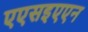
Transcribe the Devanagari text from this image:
एएसइएएन